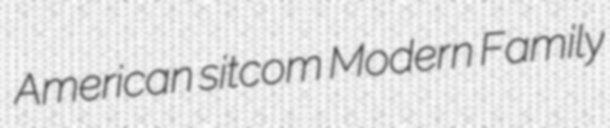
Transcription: American sitcom Modern Family